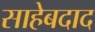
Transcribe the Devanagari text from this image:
साहेबदाद